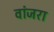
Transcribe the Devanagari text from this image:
वांजरा